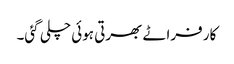
کار فراٹے بھرتی ہوئی چلی گئی۔